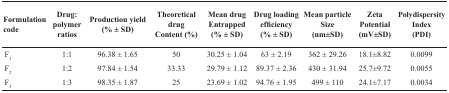
<table><thead><tr><td><b>Formulation code</b></td><td><b>Drug: polymerratios</b></td><td><b>Production yield(% ± SD)</b></td><td><b>Theoretical drugContent (%)</b></td><td><b>Mean drug Entrapped(% ± SD)</b></td><td><b>Drug loading efficiency(% ± SD)</b></td><td><b>Mean particle Size(nm±SD)</b></td><td><b>Zeta Potential(mV±SD)</b></td><td><b>Polydispersity Index(PDI)</b></td></tr></thead><tbody><tr><td>F1</td><td>1:1</td><td>96.38 ± 1.65</td><td>50</td><td>30.25 ± 1.04</td><td>63 ± 2.19</td><td>362 ± 29.26</td><td>18.1±8.82</td><td>0.0099</td></tr><tr><td>F2</td><td>1:2</td><td>97.84 ± 1.54</td><td>33.33</td><td>29.79 ± 1.12</td><td>89.37 ± 2.36</td><td>430 ± 31.94</td><td>25.7±9.72</td><td>0.0055</td></tr><tr><td>F3</td><td>1:3</td><td>98.35 ± 1.87</td><td>25</td><td>23.69 ± 1.02</td><td>94.76 ± 1.95</td><td>499 ± 110</td><td>24.1±7.17</td><td>0.0034</td></tr></tbody></table>